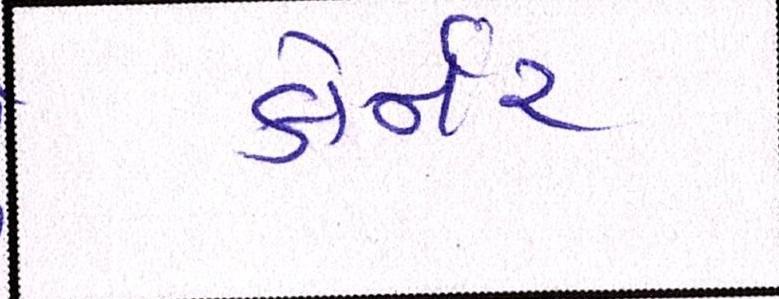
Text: કોર્નર